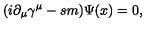
( i \partial _ { \mu } \gamma ^ { \mu } - s m ) \Psi ( x ) = 0 ,